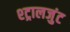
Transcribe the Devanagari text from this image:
श्ट्रालजुंट